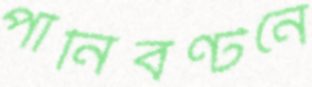
পানিবণ্টনে